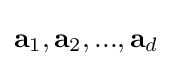
\mathbf {a} _{1},\mathbf {a} _{2},...,\mathbf {a} _{d}